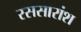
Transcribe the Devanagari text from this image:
रससारांश